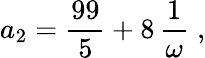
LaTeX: a_{2}={\displaystyle\frac{99}{5}}+8\, {\displaystyle\frac{1}{{\omega}}}\; ,